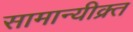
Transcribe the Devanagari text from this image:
सामान्यीक्र्त